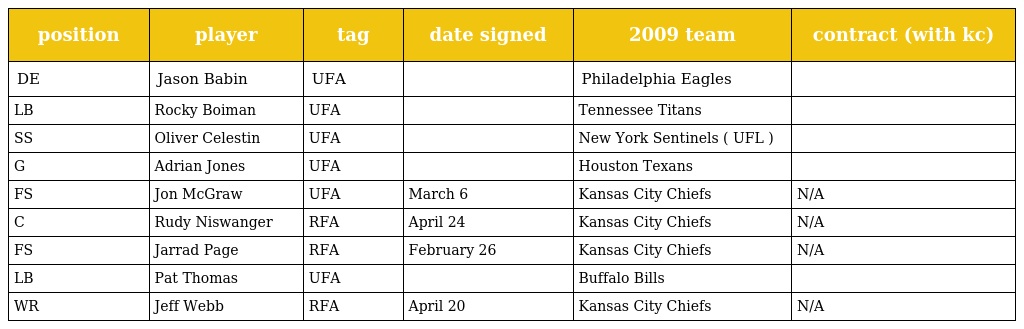
| position | player | tag | date signed | 2009 team | contract (with kc) |
 | --- | --- | --- | --- | --- | --- |
 | DE | Jason Babin | UFA |  | Philadelphia Eagles |  |
 | LB | Rocky Boiman | UFA |  | Tennessee Titans |  |
 | SS | Oliver Celestin | UFA |  | New York Sentinels ( UFL ) |  |
 | G | Adrian Jones | UFA |  | Houston Texans |  |
 | FS | Jon McGraw | UFA | March 6 | Kansas City Chiefs | N/A |
 | C | Rudy Niswanger | RFA | April 24 | Kansas City Chiefs | N/A |
 | FS | Jarrad Page | RFA | February 26 | Kansas City Chiefs | N/A |
 | LB | Pat Thomas | UFA |  | Buffalo Bills |  |
 | WR | Jeff Webb | RFA | April 20 | Kansas City Chiefs | N/A |